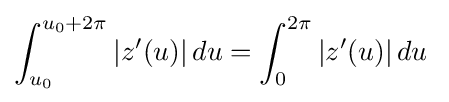
\int _{u_{0}}^{u_{0}+2\pi }|z'(u)|\,du=\int _{0}^{2\pi }|z'(u)|\,du\;